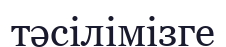
тәсілімізге